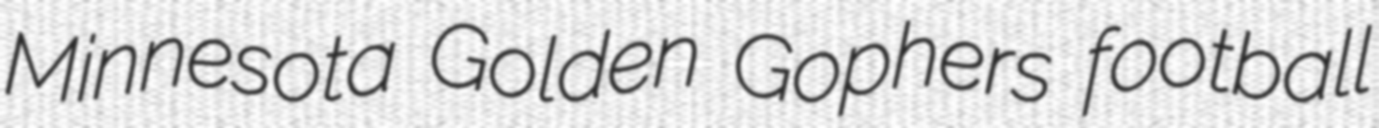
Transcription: Minnesota Golden Gophers football